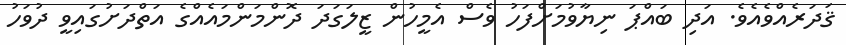
ޤަދަރެއްވެއެވެ. އަދި ބައްޕަ ނިޔާވުމަށްފަހު ވެސް އެމީހުން ޒީލަގަދަ ދޮންމަންމައެއްގެ އަތްދަށުގައިވީ ދުވަހު